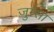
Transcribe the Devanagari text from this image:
जुम्सा